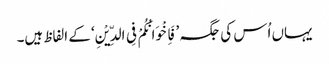
یہاں اُس کی جگہ ’فَاِخْوَانُکُمْ فِی الدِّیْنِ‘ کے الفاظ ہیں۔